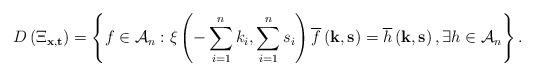
LaTeX: \begin{align*}D\left(\Xi_{\mathbf{x},\mathbf{t}}\right)=\left\{ f\in\mathcal{A}_{n}:\xi\left(-\sum_{i=1}^{n}k_{i},\sum_{i=1}^{n}s_{i}\right)\overline{f}\left(\mathbf{k},\mathbf{s}\right)=\overline{h}\left(\mathbf{k},\mathbf{s}\right),\exists h\in\mathcal{A}_{n}\right\} .\end{align*}